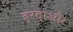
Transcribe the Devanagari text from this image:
हरदाऔर